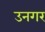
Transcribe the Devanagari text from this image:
उनगर